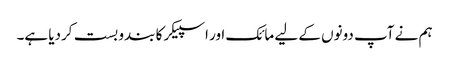
ہم نے آپ دونوں کے لیے مائک اور اسپیکر کا بندو بست کردیا ہے۔